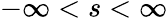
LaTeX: -\infty<s<\infty